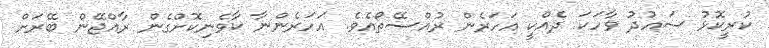
ކުރީކޮޅު ސައުދު ވާހަކަ ދެއްކީ އަހަރެން ރުއްސޭތޯއެވެ. އަހަރެންނާ ކާވެނިކޮށްގެން ރާއްޖޭން ބޭރަށް